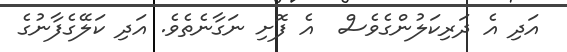
އަދި އެ ދަރިކަލުންގެވެސް  އެ ފޮށި ނަގާނެތެވެ. އަދި ކަލޭގެފާނުގެ